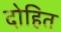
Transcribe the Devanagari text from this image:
दोहित